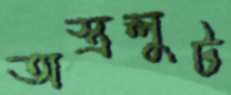
অস্ত্রলুট